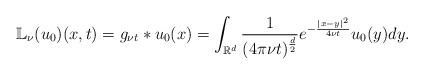
LaTeX: \begin{align*}\mathbb{L}_\nu (u_0 ) (x, t) = g_{\nu t} * u_0 (x) = \int_{\mathbb{R}^d} \frac{1}{(4\pi \nu t) ^{\frac{d}{2}} } e^{-\frac{|x-y|^2}{4\nu t}} u_0 (y) dy.\end{align*}